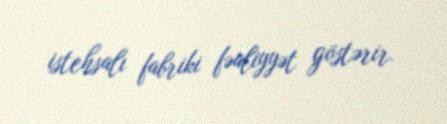
istehsalı fabriki fəaliyyət göstərir.